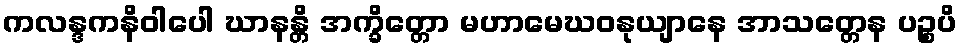
ကလန္ဒကနိဝါပေါ ဃာနန္တိ အက္ခိတ္တော မဟာမေဃဝနုယျာနေ အာသတ္တေန ပဉ္စပိ